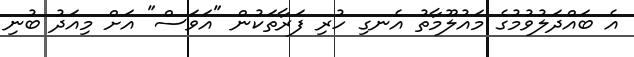
އެ ބައްދަލުވުމުގެ މައުލޫމާތު އެނގި ހުރި ފަރާތަކުން "އަވަސް" އަށް މިއަދު ބުނި